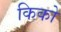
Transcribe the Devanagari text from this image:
किको